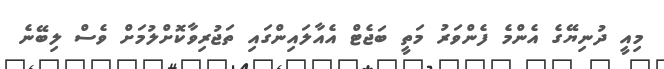
މިއީ ދުނިޔޭގެ އެންމެ ފެންވަރު މަތީ ބަޖެޓް އެއާލައިންގައި ތަޖުރިވާކޮށްލުމަށް ވެސް ލިބޭނެ